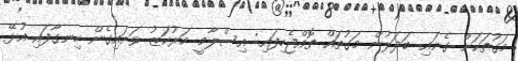
މަގުތަކަށް ގެނައި ބަދަލުން މަގުތައް ތޮއްޖެހިފައި: އިސްލާމީ މަރުކަޒު ވަށައިގެން ހިނގާފައި އުޅޭ